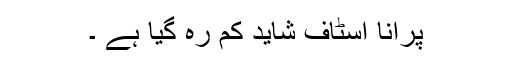
پرانا اسٹاف شاید کم رہ گیا ہے ۔